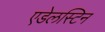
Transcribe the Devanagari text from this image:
एडेलस्टिन